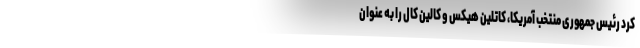
کرد رئیس جمهوری منتخب آمریکا، کاتلین هیکس و کالین کال را به عنوان